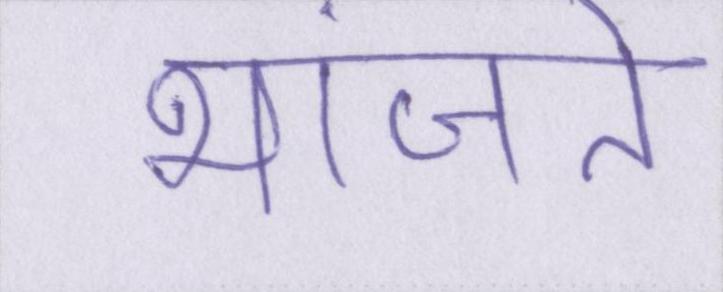
भांजते